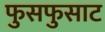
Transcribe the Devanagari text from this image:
फुसफुसाट